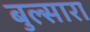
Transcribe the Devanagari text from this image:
बुल्सारा